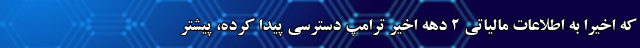
که اخیرا به اطلاعات مالیاتی 2 دهه اخیر ترامپ دسترسی پیدا کرده، پیشتر